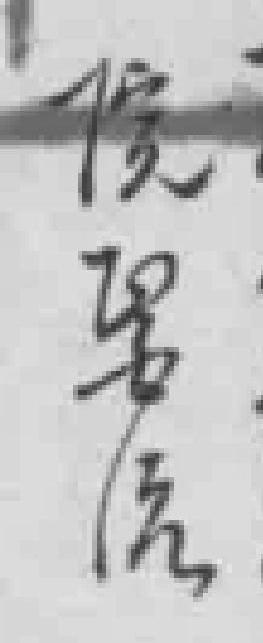
院醫治